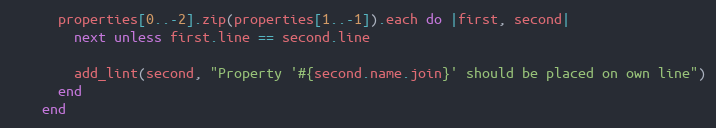
Language: Ruby
      properties[0..-2].zip(properties[1..-1]).each do |first, second|
        next unless first.line == second.line

        add_lint(second, "Property '#{second.name.join}' should be placed on own line")
      end
    end